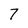
Character: 7